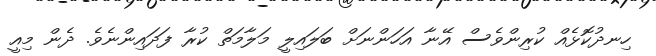
ހިނދުކޮޅެއް ކުރިންވެސް އޭނާ އަހަންނަށް ބަލައިލީ މަލާމަތް ކުރާ ފަދައިންނެވެ. ދެން މިއީ